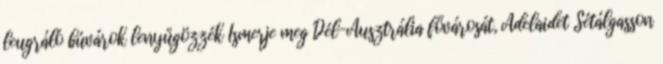
leugráló búvárok lenyűgözzék Ismerje meg Dél-Ausztrália fővárosát, Adelaidet Sétálgasson